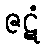
ဇဋံ